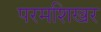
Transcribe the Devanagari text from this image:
परमशिखर